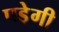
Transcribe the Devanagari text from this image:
पडे़गी